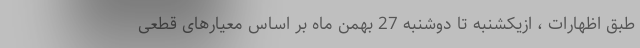
طبق اظهارات ، ازیکشنبه تا دوشنبه 27 بهمن ماه بر اساس معیارهای قطعی